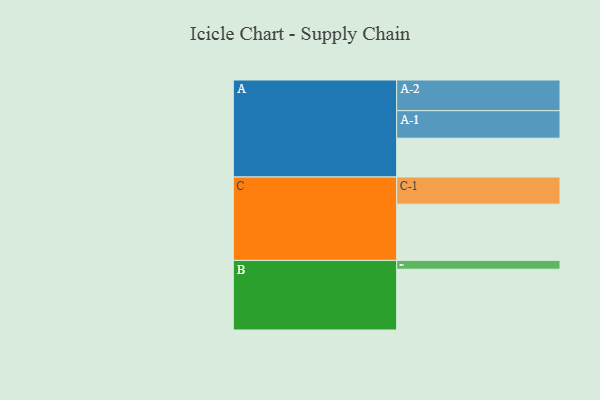
{"axis": {"x": "Segment", "y": "Value"}, "legend": ["", "A", "B", "C"], "data": [{"x": "A", "y": 361, "type": ""}, {"x": "B", "y": 565, "type": ""}, {"x": "C", "y": 523, "type": ""}, {"x": "A-1", "y": 256, "type": "A"}, {"x": "A-2", "y": 285, "type": "A"}, {"x": "B-1", "y": 82, "type": "B"}, {"x": "C-1", "y": 252, "type": "C"}]}